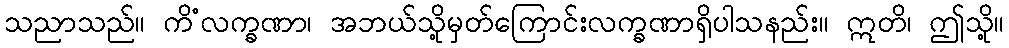
သညာသည်။ ကိံလက္ခဏာ၊ အဘယ်သို့မှတ်ကြောင်းလက္ခဏာရှိပါသနည်း။ ဣတိ၊ ဤသို့။